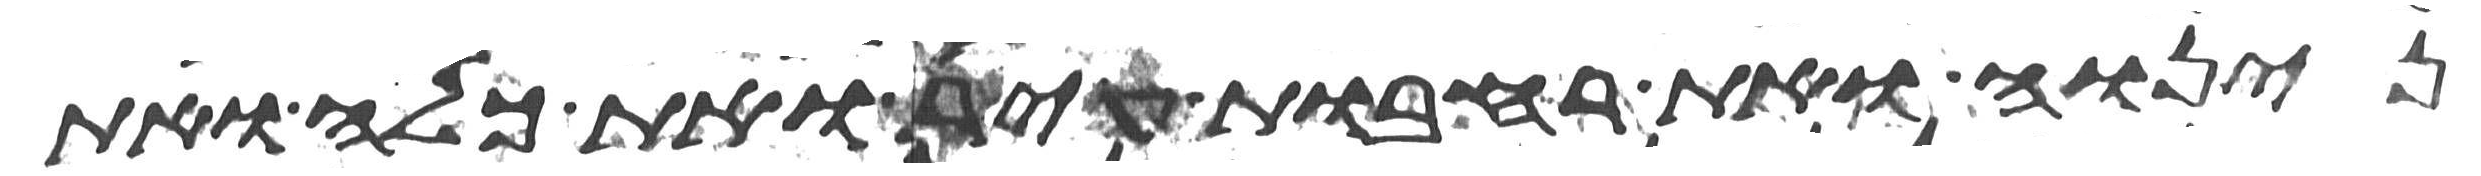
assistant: נינוה ואת רחבות עיר ואת כלח ואת